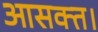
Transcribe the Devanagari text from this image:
आसक्त।